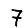
Digit: 7